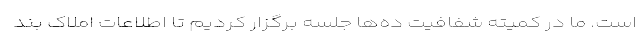
است. ما در کمیته شفافیت ده‌ها جلسه برگزار کردیم تا اطلاعات املاک بند